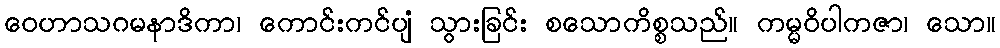
ဝေဟာသဂမနာဒိကာ၊ ကောင်းကင်ပျံ သွားခြင်း စသောကိစ္စသည်။ ကမ္မဝိပါကဇာ၊ သော။